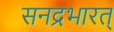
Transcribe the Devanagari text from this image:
सनद्रभारत्